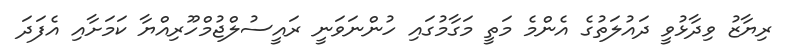
ރިޔާޒު ވިދާޅުވީ ދައުލަތުގެ އެންމެ މަތީ މަގާމުގައި ހުންނަވަނީ ރައީސުލްޖުމްހޫރިއްޔާ ކަމަށާއި އެފަދަ